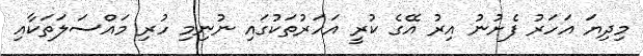
މިދިޔަ އަހަަރު ފެށުނު އިރު އޭގެ ކުރީ އަހަރުތަކުގައި ނުނިމި ހުރި މައްސަލަތަކާއި